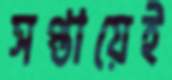
সপ্তায়েই